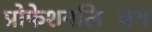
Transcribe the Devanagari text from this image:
प्रोफेशनलिज़िंग